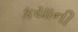
કયાની